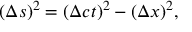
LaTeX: ( \Delta s ) ^ { 2 } = ( \Delta c t ) ^ { 2 } - ( \Delta x ) ^ { 2 } ,